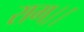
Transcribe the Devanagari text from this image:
राग।।